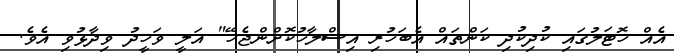
އެއް ހޮޓަލުގައި ކުދިކުދި ކަންތައް އެބަހުރި އިސްލާހުކޮށްންޖެހޭ" އަލީ ވަހީދު ވިދާޅުވި އެވެ.